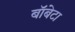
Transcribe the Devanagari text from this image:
बॉबेटा